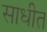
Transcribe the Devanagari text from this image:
साधीत